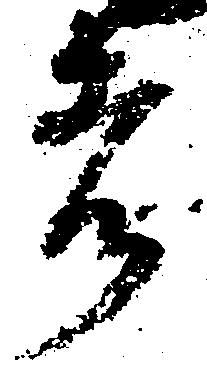
者